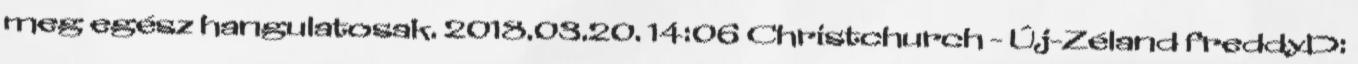
meg egész hangulatosak. 2018.03.20. 14:06 Christchurch - Új-Zéland freddyD: